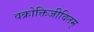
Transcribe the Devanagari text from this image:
वक्रोक्तिजीवितम्